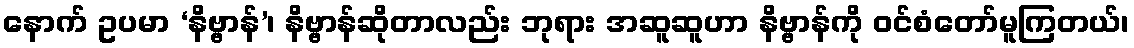
နောက် ဥပမာ ‘နိဗ္ဗာန်’၊ နိဗ္ဗာန်ဆိုတာလည်း ဘုရား အဆူဆူဟာ နိဗ္ဗာန်ကို ဝင်စံတော်မူကြတယ်၊